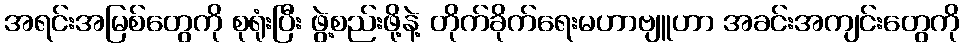
အရင်းအမြစ်တွေကို စုရုံးပြီး ဖွဲ့စည်းဖို့နဲ့ တိုက်ခိုက်ရေးမဟာဗျူဟာ အခင်းအကျင်းတွေကို